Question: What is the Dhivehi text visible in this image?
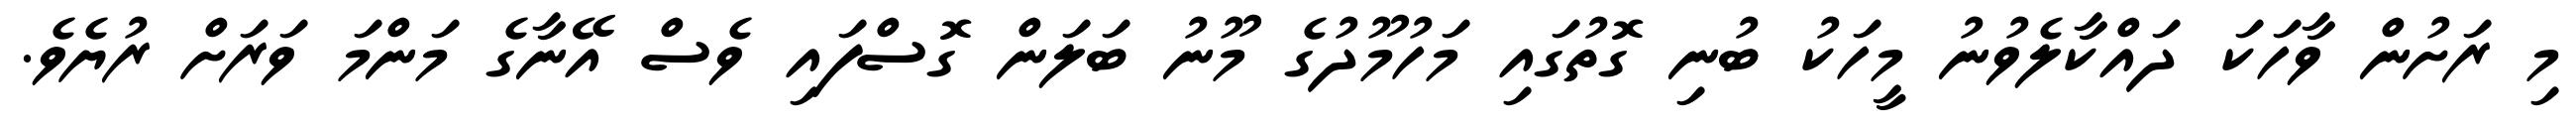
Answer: މި ރަށުން ވާހަކަ ދައްކާލެވުނު މީހަކު ބުނި ގޮތުގައި މަހުމޫދުގެ މޫނު ބަލަން ގޮސްފައި ވެސް އޭނާގެ މަންމަ ވަރަށް ރުޔެވެ.